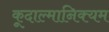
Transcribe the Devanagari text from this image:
कूदाल्मानिक्यम